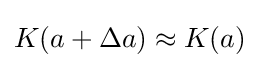
K(a+\Delta a)\approx K(a)